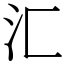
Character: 汇